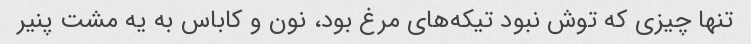
تنها چیزی که توش نبود تیکه‌های مرغ بود، نون و کاباس به یه مشت پنیر